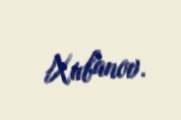
Xubanov.